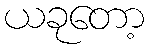
ယခုတော့